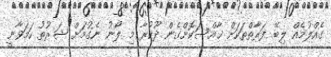
ގެއްލުމެއް ލިބޭ ފަރާތްތަކަށް ޚާއްސަކޮށްގެން ދޫކުރާ މި ލޯނު ނެގުމަށް ޝަރުތު ހަމަވާނީ